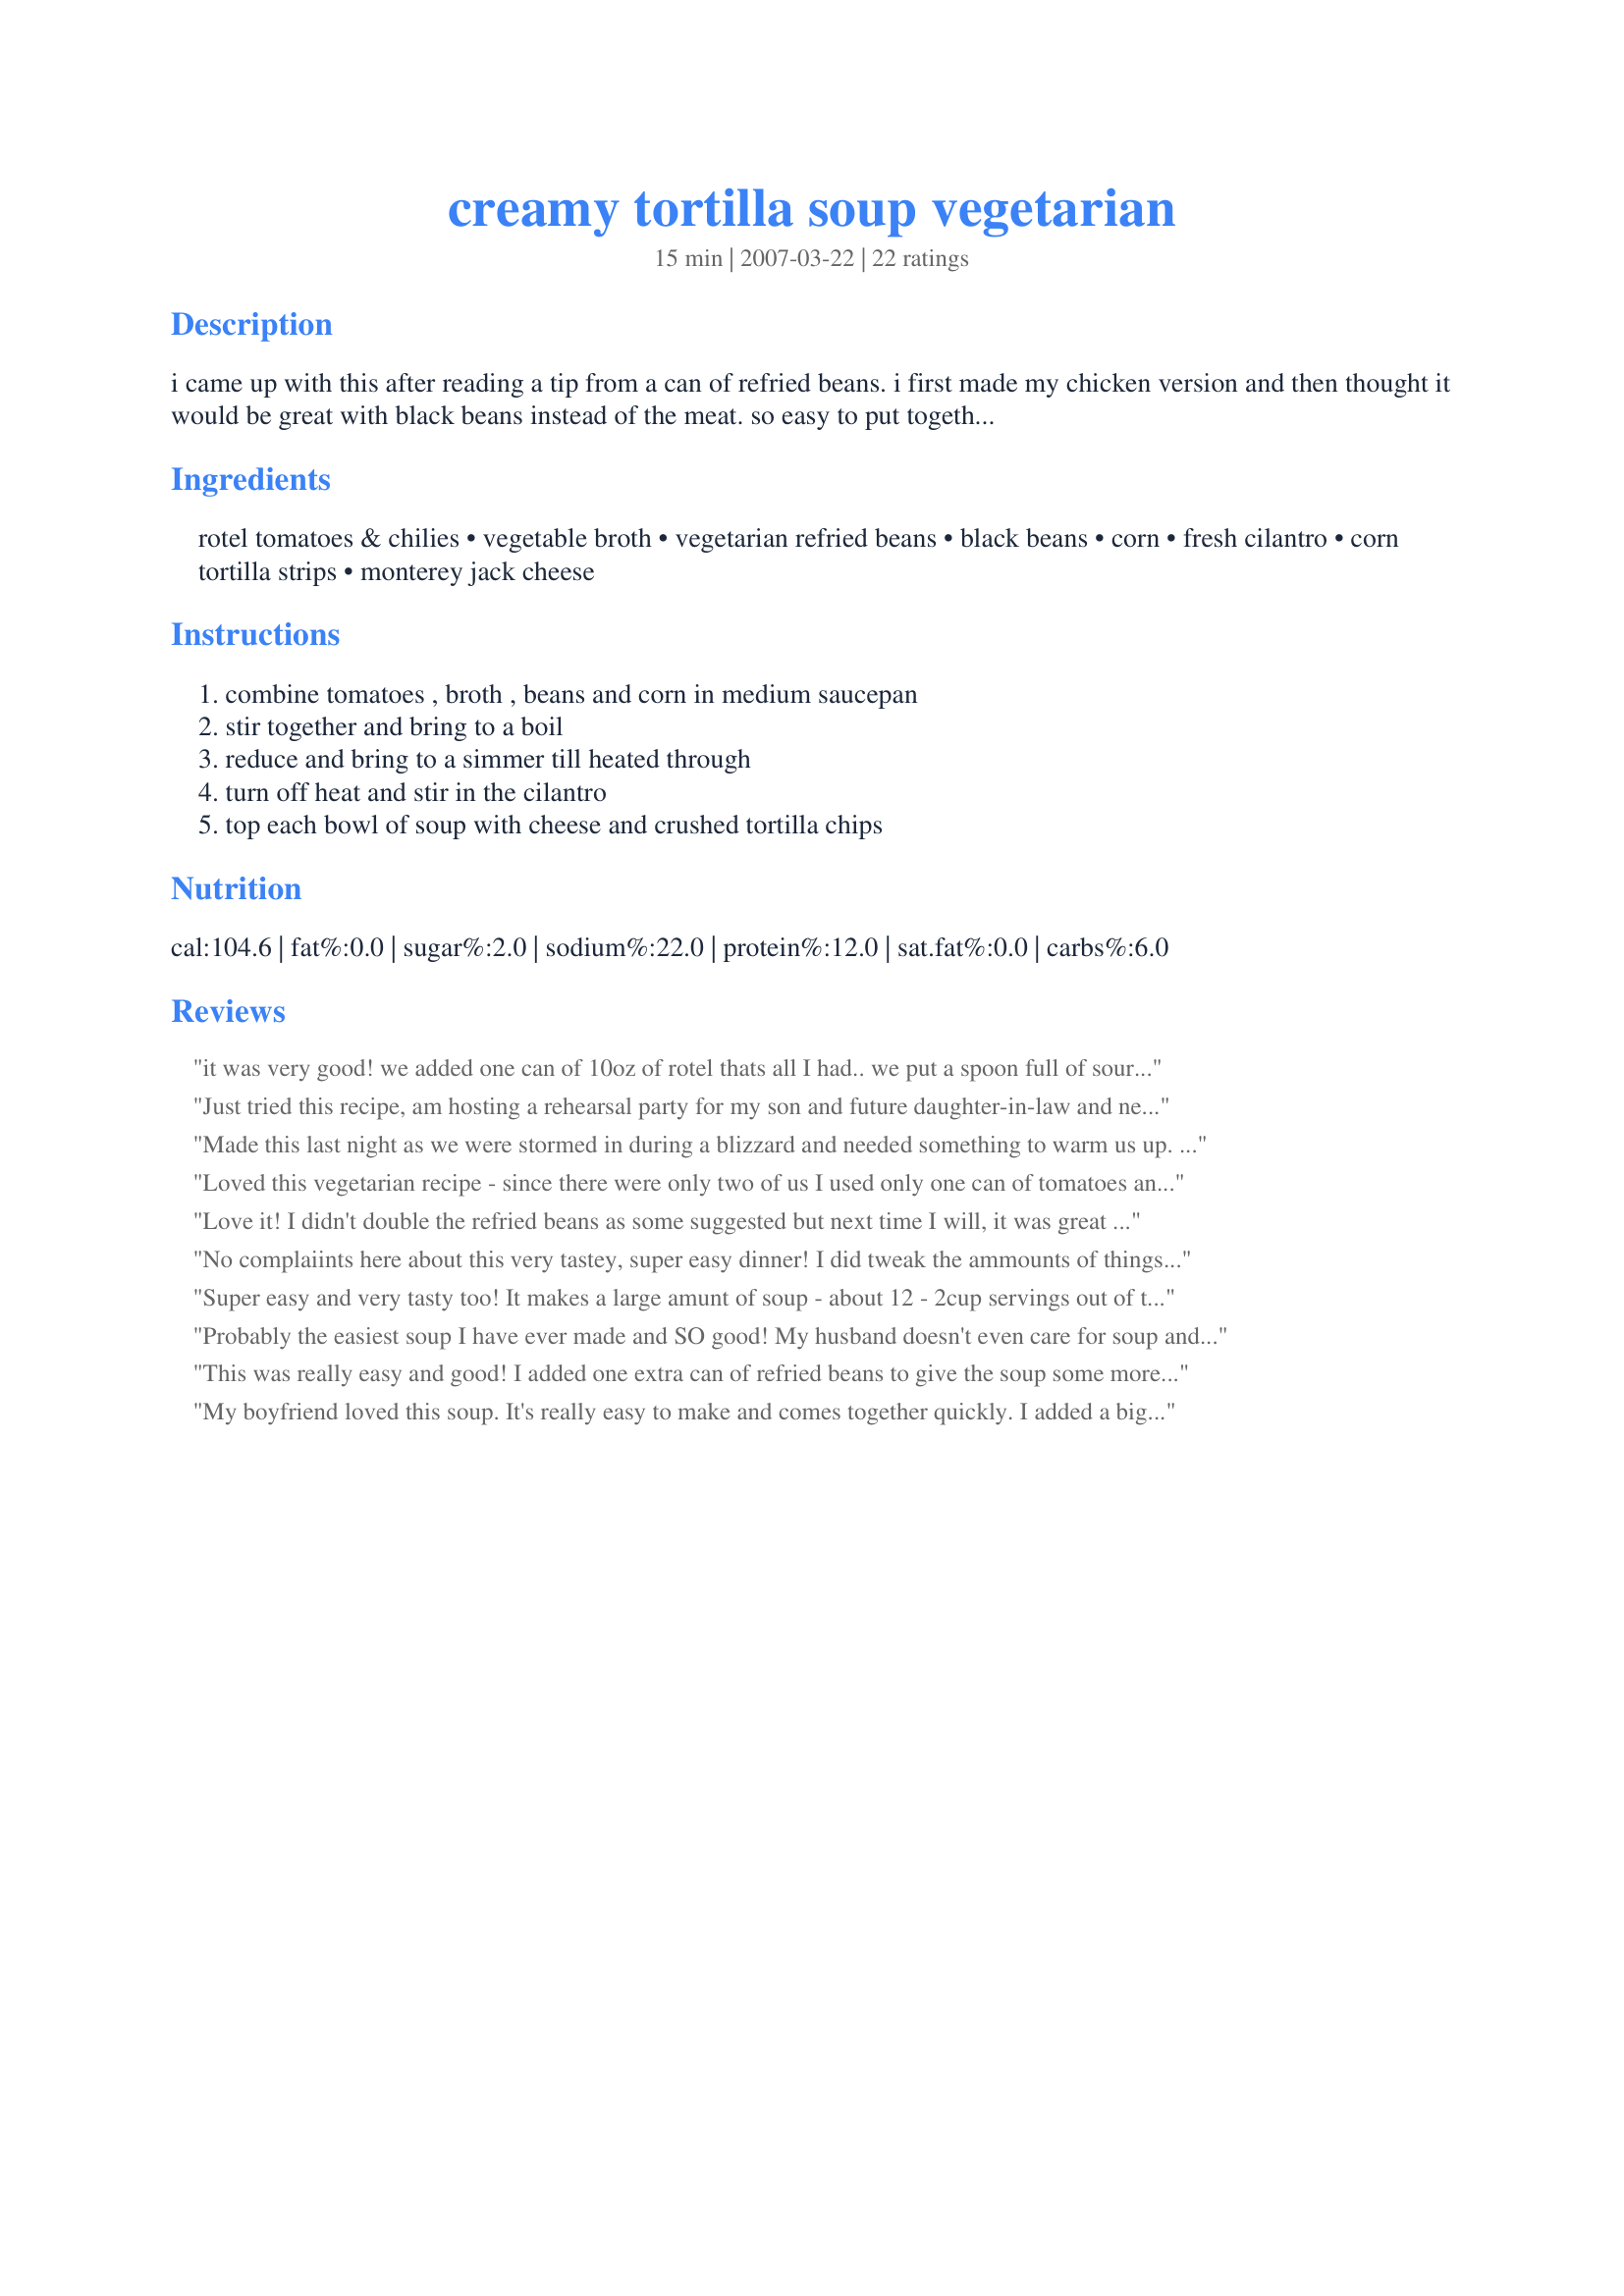
creamy tortilla soup vegetarian
Preparation time: 15 minutes

i came up with this after reading a tip from a can of refried beans. i first made my chicken version and then thought it would be great with black beans instead of the meat. so easy to put together and a delicious soup.

Ingredients:
rotel tomatoes & chilies, vegetable broth, vegetarian refried beans, black beans, corn, fresh cilantro, corn tortilla strips, monterey jack cheese

Steps:
combine tomatoes , broth , beans and corn in medium saucepan, stir together and bring to a boil, reduce and bring to a simmer till heated through, turn off heat and stir in the cilantro, top each bowl of soup with cheese and crushed tortilla chips

Reviews:
it was very good! we added one can of 10oz of rotel thats all I had.. we put a spoon full of sour cream on top..very yummy... on day 2 we warmed it up and i added a nice big spoon full of rice in bottom and laddled the soup over the top.. was even better that way...
Just tried this recipe, am hosting a rehearsal party for my son and future daughter-in-law and needed a vegetarian soup to compliment the food. Am going to triple it for the party and take info from the other reviews and add more refried beans than it calls for and maybe add diced tomatoes to take a little of the heat away (though I appreciated it, I have to please a crowd). I also used freeze dried cilantro (1 tsp.) and it was great.
Made this last night as we were stormed in during a blizzard and needed something to warm us up. I halved the recipe since I had a 1/2 a can of refried beans in the fridge, but other than that I followed the recipe exactly. It was awesome, tastes just like the chicken tortilla soup I make. Husband and I didn't miss the chicken at all. Super easy to put together and the spice is just right. We loved it. Thank you for the recipe!
Loved this vegetarian recipe - since there were only two of us I used only one can of tomatoes and added a little salsa and cumin to change it up a bit. We skipped the tortilla chips and cheese toppers, but it was still amazing. Could see chicken being a flavorful addition.
Love it! I didn't double the refried beans as some suggested but next time I will, it was great just as it was though!
No complaiints here about this very tastey, super easy dinner! I did tweak the ammounts of things a bit as I went. I made half the recipe but used most of the refried beans, and almost all the black beans (would have used them all but I wanted them for a wrap tomorrow lol) Didn't have corn tortillas so I cut a few flour tortillas into strips and fried them up in a little oil with some salt. Topped with sour cream and sharp cheddar. The rotel tomatoes only came in a 10oz can so I used half a can of store brand diced tomatoes and chilis. The Rotel's are definately better and hotter. Thanks for this recipe, I'm pretty sure I'll make this again. UPDATE; Just back to add that I've made this many times. It's a recipe I just keep coming back to. It freezes well and everyone loves it!
Super easy and very tasty too! It makes a large amunt of soup - about 12 - 2cup servings out of the recipe. Only thing I changed was using 1 cup of corn instead of 1/2 cup.
Probably the easiest soup I have ever made and SO good! My husband doesn't even care for soup and he said this is his new favorite soup! It was a little spicy and had really good flavor. I topped it with Santa Fe style tortilla strips. Will be making again!
This was really easy and good! I added one extra can of refried beans to give the soup some more body. Also added a tsp of cumin.
My boyfriend loved this soup. It's really easy to make and comes together quickly. I added a big scoop of sour cream and a corn tortilla to the soup for a little extra something. Served with corn tortilla strips (baked in the oven) and pepper jack cheese. Something I've been asked to make again. Thanks for posting.
FANTASTIC!!!! I just made this for dinner because I was looking for something quick to whip up. Wow. The refried beans really make the soup creamy! I served it with baked nacho chips to crumble on top or dip. Thank you for posting!
I've been looking for a vegetarian tortilla soup for years! I love the creamy texture of this soup. I added a small onion. I didn't have any veggie broth so I substituted a can of low-sodium V-8 and water. It turned out great. Next time I make this I am going to serve it on top of cornbread. Thank you!
VERY yummy and SO easy to make!! I followed the recipe but doubled the amount of corn. Also, rather that using broken tortilla chips, I cut up a couple of corn tortillas into strips and fried them in a bit of oil before I made the soup. Delicious!
Great soup that family and friends loved, even my mom who isn't fond of beans! I've already made it twice and will certainly be making it again and again. It's great to have a vegetarian version as I have vegetarian friends. I just used diced tomatoes because we have kids in the family who don't like spicy. Bottom line: easy, healthy, and oh so good! Thanks for sharing!
This is a great soup, made even better by the fact that you can have a very large bowl and feel no guilt. :o) I noticed that the refried beans weren't included in the nutritional information, but by my calculations, the calories still come out at only 167 per serving.<br/><br/>I made the recipe as is except for adding some cayenne pepper and subbing white hominy for the corn. Delicious and so easy!
Definitely 5 stars! It doesn't get any easier or healthier than this! Next time I'm going to cut the broth in half to make it a little thicker. I also think I'll use crushed tomatoes because the brand of diced tomatoes I used was a little too chunky for my taste. But the flavor was excellent and I'll be making it again. I can see adding some spanish rice to this as an option someday...
Really enjoyed this tortilla soup for lunch today. It reminded me of the chicken tortilla soups I used to eat before becoming pescetarian. The soup was so easy to make, with the only prep being to chop up the cilantro. Loved the tortilla chip and Monterey Jack cheese topping. Yum! I would definitely make this again. Made for Sun and Spice 2013.
This was so good! I made some substitutions based on what I had on hand (1 can Red Gold tomatoes & chiles, 1 can reg tomatoes; water for veg broth). It was still hot enough for me. Really good! Thanks!
Big Hit in our house! Only alteration was 1 can reg diced tomatoes + 1 rotel b/c we don't like it as spicy.
Excellent recipe! This was definitely too spicy for the kids, so I think I'll follow JBull's suggestion of using 1 can of regular tomatoes the next time. Other than that, it was the perfect meal. Thanks for sharing!
An excellent quick and easy meal! Did I mention excellent? Extremely tasty and gets even better as it sits and flavors blend. I ate 4 bowls, and now logged in to make my first review (ever) for this one! The only thing I added, since I'm a spicy lover, was adding some Thai hot sauce in the bowl. Will try doubling the refried beans next time for experiments sake. Thank you!
This soup is fantastic - I can't believe it's so easy! We like the taste and texture best with 2 cans of refried beans instead of just the one. Done in a crock pot, it's a an easy, fuss-free meal we all love. Besides garnishing with chips and cilantro (Daughter doesn't like it so I don't stir it in), we also add chopped avocado to our bowls.
